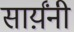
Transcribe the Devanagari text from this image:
सार्य़ंनी